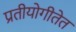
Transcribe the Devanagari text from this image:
प्रतीयोगीतेत